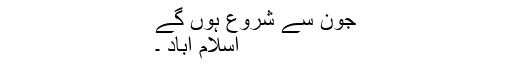
جون سے شروع ہوں گے
اسلام آباد ۔